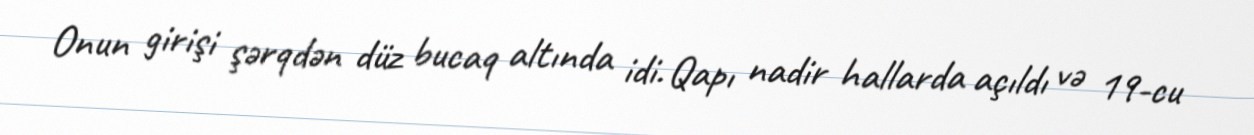
Onun girişi şərqdən düz bucaq altında idi. Qapı nadir hallarda açıldı və 19-cu